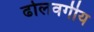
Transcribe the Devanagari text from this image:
ढोलवर्गीय